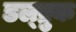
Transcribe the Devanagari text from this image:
डल्ब्रुक